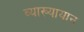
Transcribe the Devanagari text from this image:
व्याख्यायान